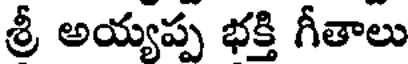
శ్రీ అయ్యప్ప భక్తి గీతాలు